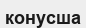
конусша